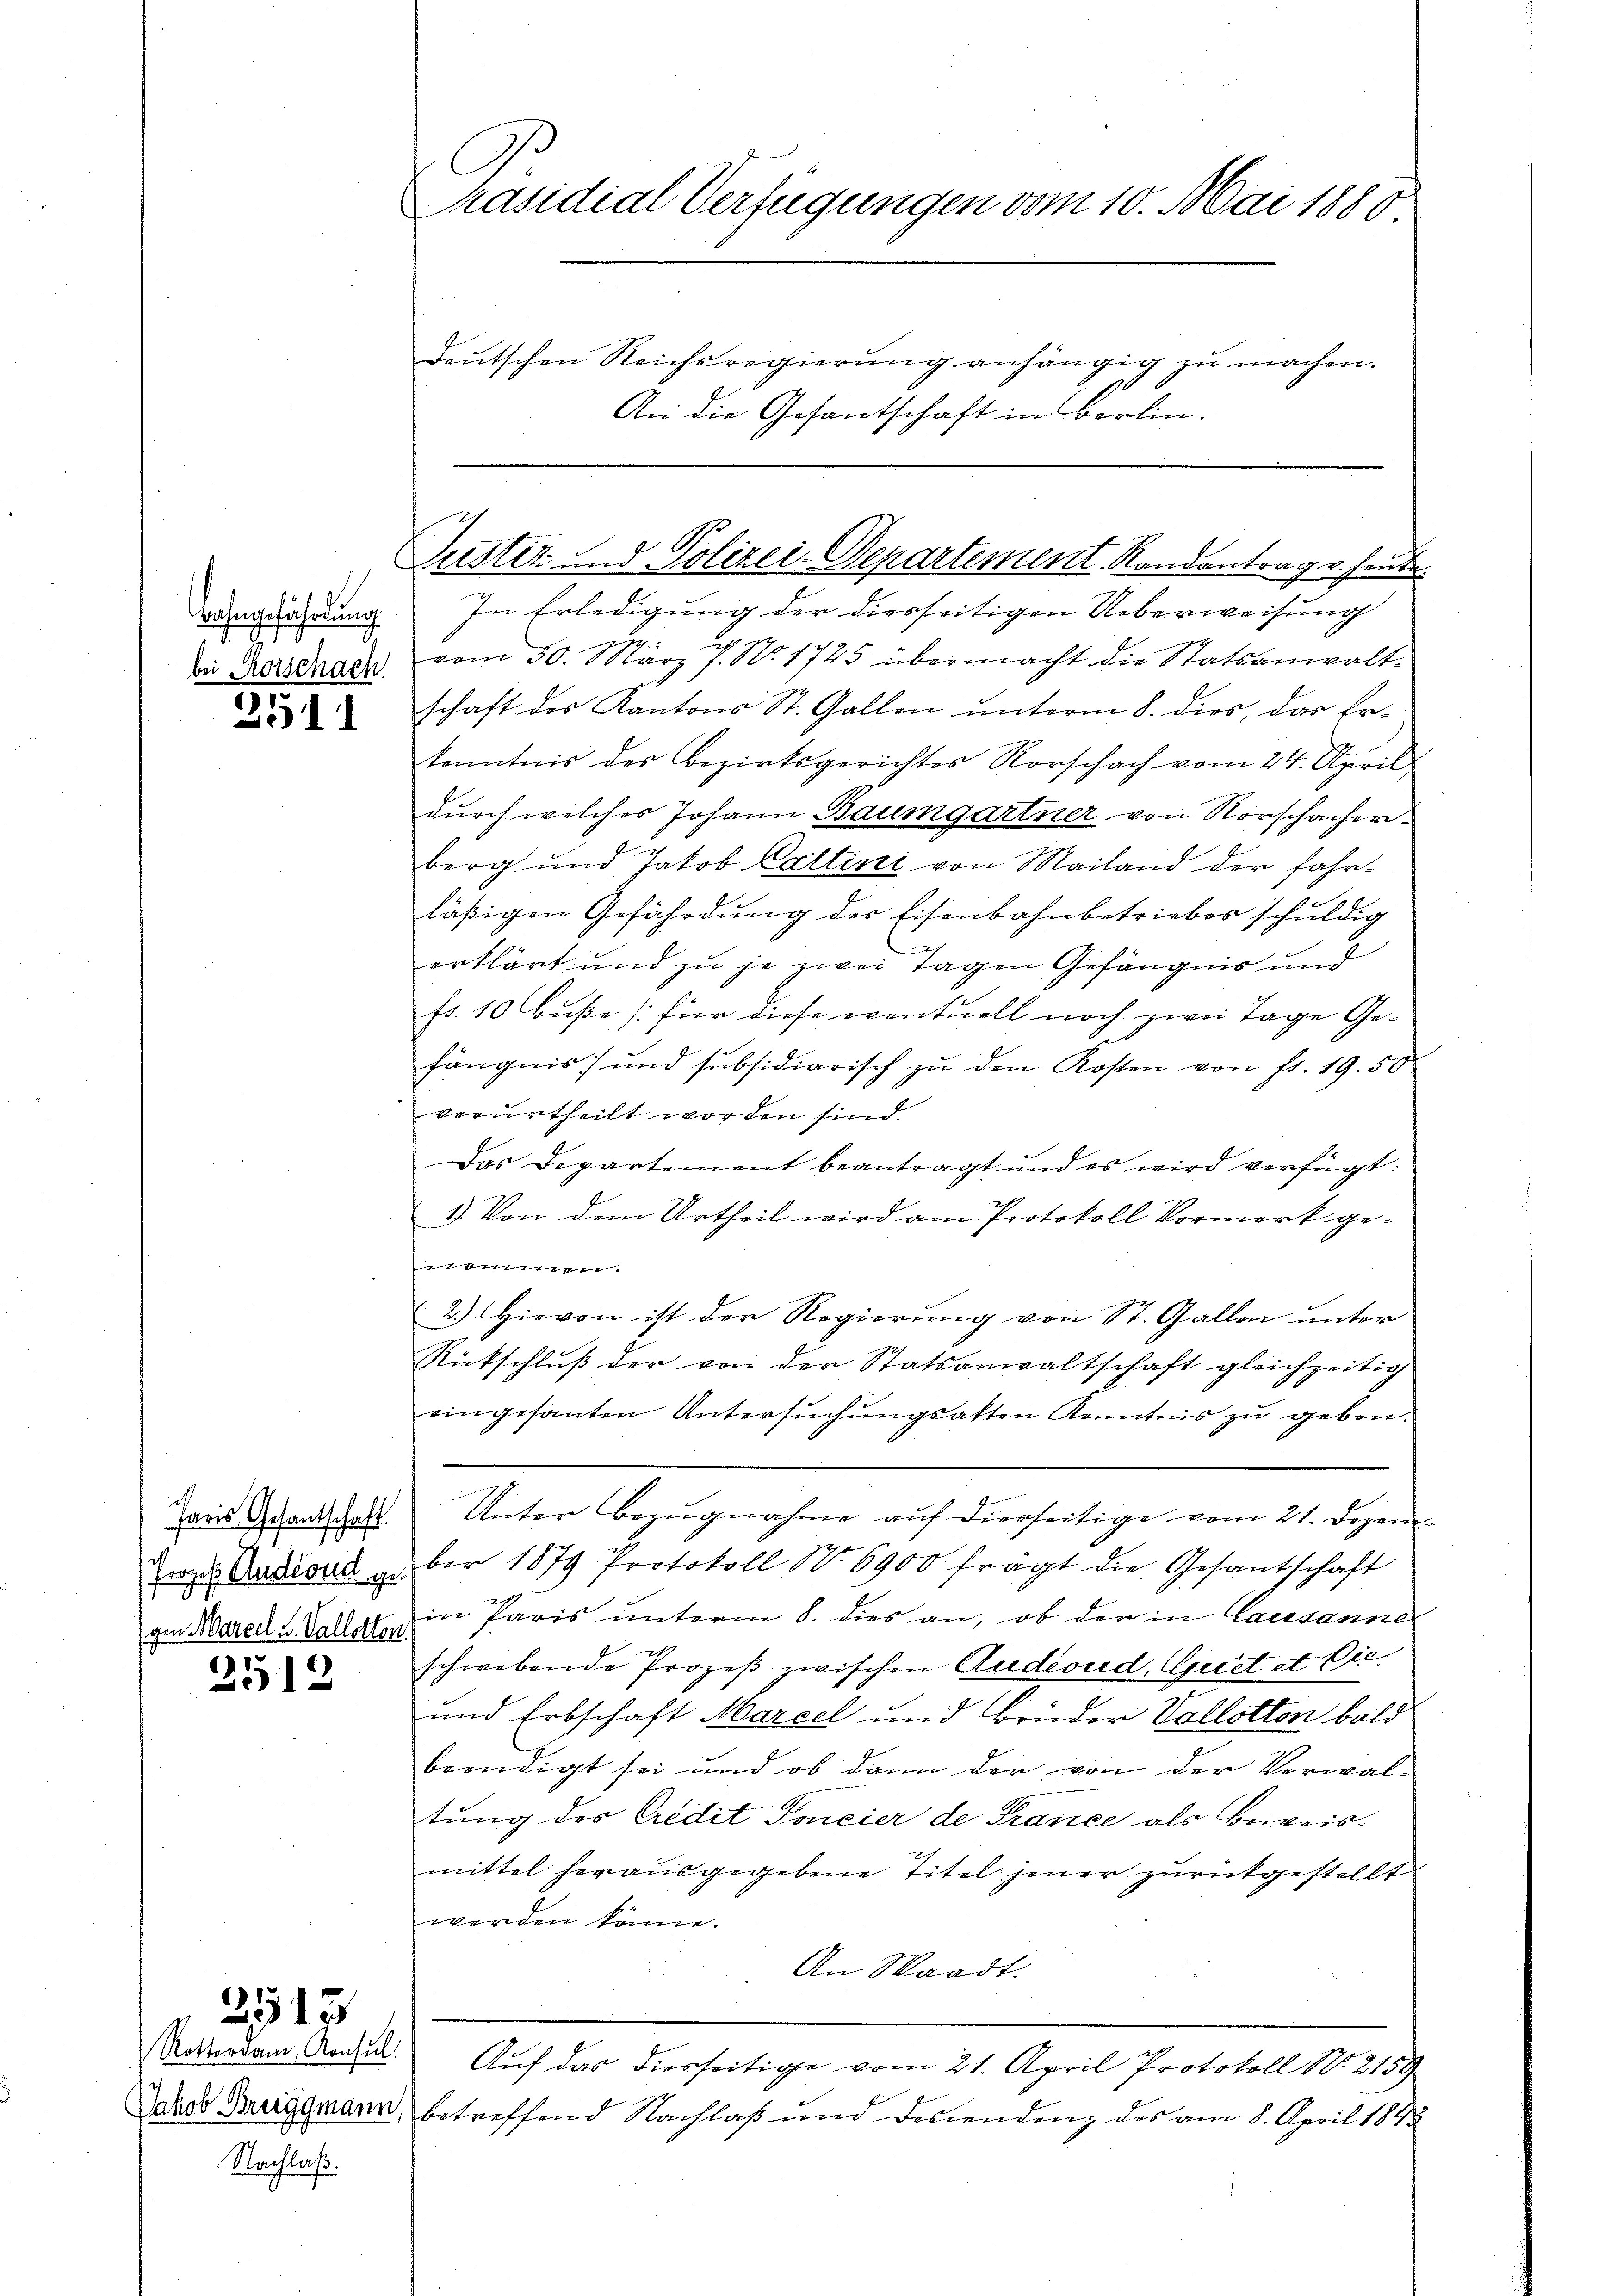
Bahngefährdung
bei Rorschach

3511

Paris Gesantschaft.

2512

Rottordam, Konsul
Nachlaß.

313

Präsidial-Verfügungen vom 10. Mai 1888
deutschen Reichsregierung anhängig zu machen.
An die Gesantschaft in Berlin.

Justiz- und Polizei-Departement Randantrag v. heute

In Erledigung der diesseitigen Ueberweisung
vom 30. März 7. No. 1725 übermacht die Statsanwaltschaft des Kantons St. Gallen unterm 8. dies, das Er¬
Kenntnis des Bezirksgerichtes Rorschach vom 24. April
durch welches Johann Baumgartner von Vorschacher
berg und Jakob Cattini von Mailand der fahrläßigen Gefährdung der Eisenbahnbetriebes schuldig
C
erklärt und zu je zwei Tagen Gefängnis und
fr. 10 buße (für diese eventuell noch zwei Tage Gefängnis) und subsidiarisch zu den Kosten von fr. 19. 50
verurtheilt worden sind.
Das Departement beantragt und es wird verfügt:
1) Von dem Urtheil wird am Protokoll Vormerk geen
2.) Hievon ist der Regierung von St. Gallen unter
Rütschluß der von der Statsanwaltschaft gleichzeitig
eingesanten Untersuchungsatten Kenntnis zu geben.
Unter Bezugnahme auf dierseitige vom 21. Dezem
Zorze Audiosus aber 1879 Protokoll No 6900 frägt die Gesantschaft
gen Marell u Sallat in Paris unterm 8. dies an, ob der in Lausanne
schwebende Prozeß zwischen Andernd, Griet et Cis.
und Erbschaft Marcel und Brüder Vallotten bald
beendigt sei und ob dann der von der Verwaltung des Credit Foncier de France als Beweismittel herausgegebene Titel jener zŭrückgestellt
werden könne.
An Waadt.
Auf das diesseitige vom 21. April Protokoll N. 2159
Jakob Bruggmann, betreffend Nachlaß und descendenz des am 8. April 1848